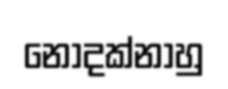
නොදක්නාහු